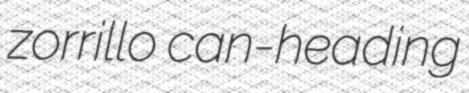
zorrillo can-heading